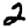
Digit: 2